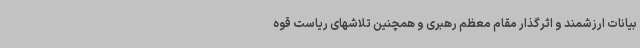
بیانات ارزشمند و اثرگذار مقام معظم رهبری و همچنین تلاشهای ریاست قوه